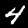
Digit: 4